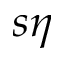
s \eta